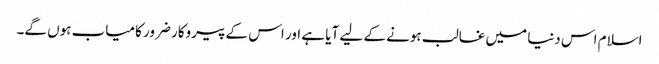
اسلام اس دنیا میں غالب ہونے کے لیے آیا ہے اور اس کے پیروکار ضرور کامیاب ہوں گے۔